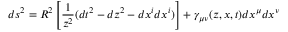
d s ^ { 2 } = R ^ { 2 } \left[ { \frac { 1 } { z ^ { 2 } } } ( d t ^ { 2 } - d z ^ { 2 } - d x ^ { i } d x ^ { i } ) \right] + \gamma _ { \mu \nu } ( z , x , t ) d x ^ { \mu } d x ^ { \nu }